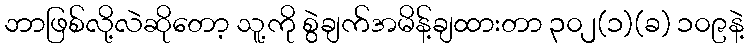
ဘာဖြစ်လို့လဲဆိုတော့ သူ့ကို စွဲချက်အမိန့်ချထားတာ ၃၀၂(၁)(ခ) ၁၀၉နဲ့